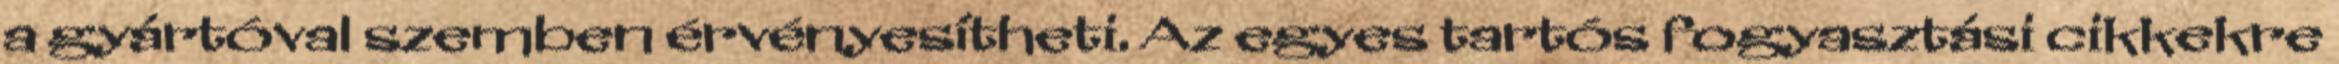
a gyártóval szemben érvényesítheti. Az egyes tartós fogyasztási cikkekre